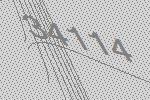
34114